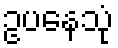
ဥပနေသုံ